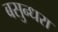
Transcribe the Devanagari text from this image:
बसुन्धरा